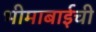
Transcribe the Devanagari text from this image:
भीमाबाईची